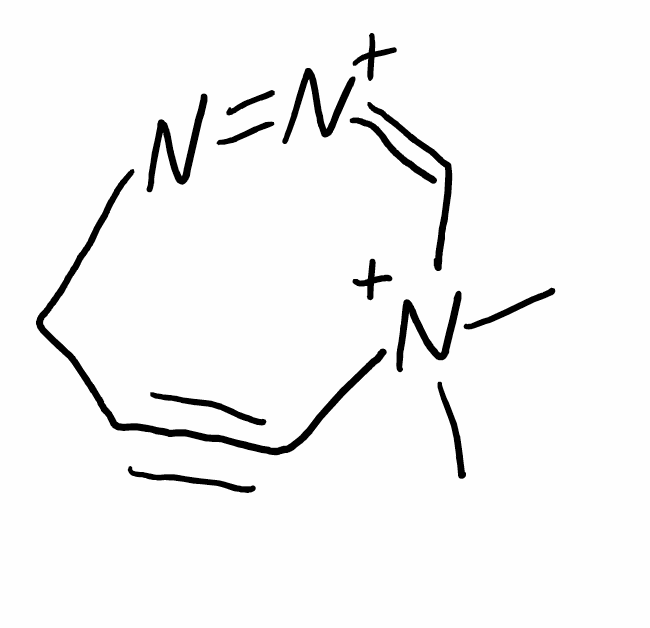
Simplified molecular-input line-entry system (SMILES) notation of the given molecule:
C[N+]1(C=[N+]=NCC#C1)C